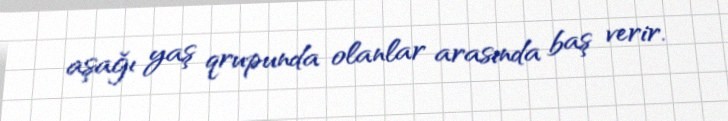
aşağı yaş qrupunda olanlar arasında baş verir.